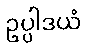
ဥပ္ပါဒယံ